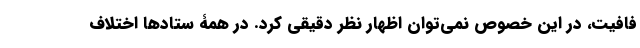
فافیت، در این خصوص نمی‌توان اظهار نظر دقیقی کرد. در همۀ ستادها اختلاف